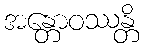
အန္တောဝဿန္တိ